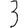
Digit: 3